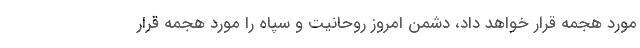
مورد هجمه قرار خواهد داد، دشمن امروز روحانیت و سپاه را مورد هجمه قرار